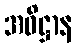
အဓိဋ္ဌာန